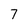
Character: 7